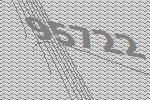
95722